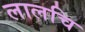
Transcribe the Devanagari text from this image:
लालचि